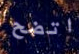
اتضح